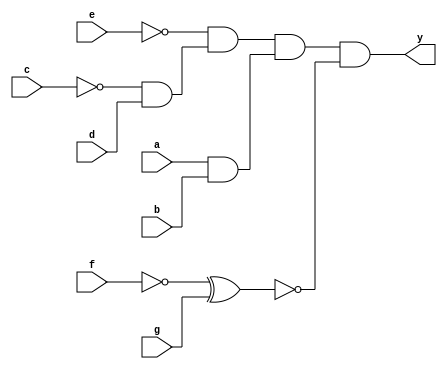
module circuit(input a,input b, input c, input d,input e, input f, input g,output y);

    wire not_c,not_e, not_f;
    wire y1,y2,y3,y4,y5,not_y5,y6;

    not(not_c,c);
    not(not_e,e);
    not(not_f,f);
    not(not_y5,y5);

    and(y1,a,b);
    and(y2,not_c,d);
    and(y3,not_e,y2);
    and(y4,y3,y1);

    xor(y5,not_f,g);
    and(y6,y4,not_y5);
    
    assign y=y6;
endmodule